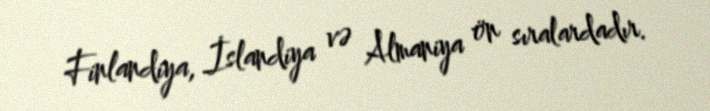
Finlandiya, İslandiya və Almaniya ön sıralardadır.